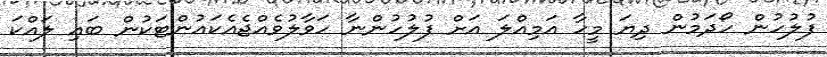
ފުލުހުން ހޯދަމުން ދިޔަ މީހާ އަމިއްލަ އަށް ފުލުހުންނާ ހަވާލުވެއްޖެއެކައުންޓަކުން ބައި ލައްކަ